Scottish Certificate of Education, 1963
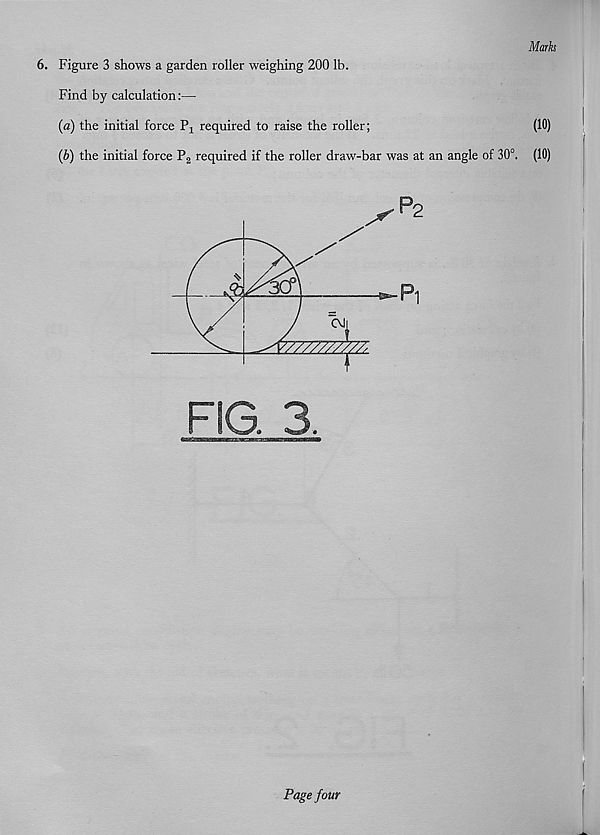
Marks
6. Figure 3 shows a garden roller weighing 200 lb.
Find by calculation:—
(a) the initial force Pj required to raise the roller;
(10)
(b) the initial force P 2 required if the roller draw-bar was at an angle of 30°. (10)
FIG. 3
Page four